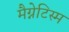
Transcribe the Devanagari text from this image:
मैग्नेटिस्म